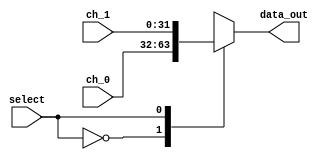
`timescale 1ns / 1ps
//////////////////////////////////////////////////////////////////////////////////
// Company: 
// Engineer: 
// 
// Design Name: 
// Module Name: Mux_2x1
// Project Name: 
// Target Devices: 
// Tool Versions: 
// Description: 
// 
// Dependencies: 
// 
// Revision:
// Revision 0.01 - File Created
// Additional Comments:
// 
//////////////////////////////////////////////////////////////////////////////////


module Mux_2x1 #(parameter W=32)
(
//Input Signals
input wire select,
input wire [W-1:0] ch_0,
input wire [W-1:0] ch_1,

//Output Signals
output reg [W-1:0] data_out
);

    always @*
        begin
            case(select)
                1'b0: data_out = ch_0;
                1'b1: data_out = ch_1;
                default : data_out = ch_0;
            endcase
        end

endmodule